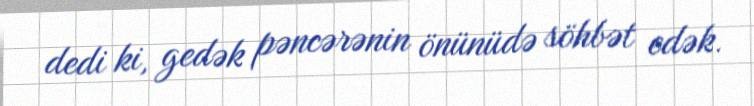
dedi ki, gedək pəncərənin önünüdə söhbət edək.